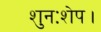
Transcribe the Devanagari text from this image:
शुनःशेप।